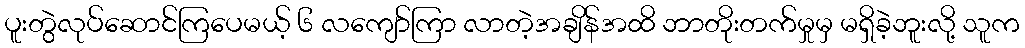
ပူးတွဲလုပ်ဆောင်ကြပေမယ့် ၆ လကျော်ကြာ လာတဲ့အချိန်အထိ ဘာတိုးတက်မှုမှ မရှိခဲ့ဘူးလို့ သူက